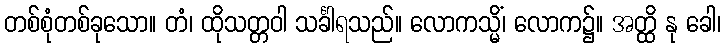
တစ်စုံတစ်ခုသော။ တံ၊ ထိုသတ္တဝါ သင်္ခါရသည်။ လောကသ္မိံ၊ လောက၌။ အတ္ထိ နု ခေါ၊